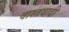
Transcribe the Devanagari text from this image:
वास्तवादी